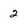
Character: 2